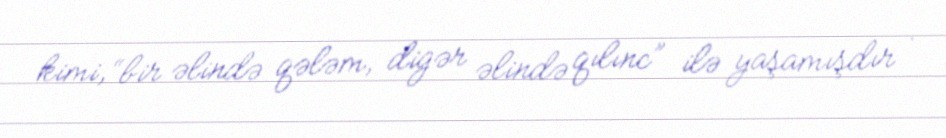
kimi, “bir əlində qələm, digər əlində qılınc” ilə yaşamışdır .